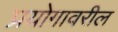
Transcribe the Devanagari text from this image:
प्रयोगावरील